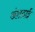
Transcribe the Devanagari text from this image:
अंशदाई